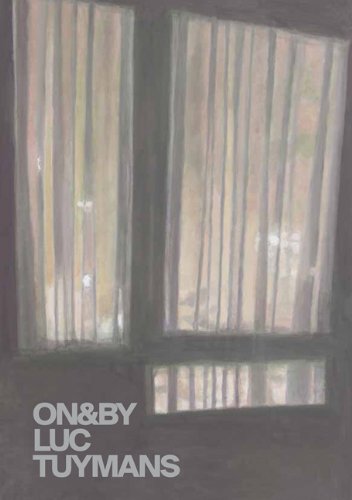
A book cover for ON&BY LUC TUYMANS (Whitechapel: On & By); Arts & Photography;